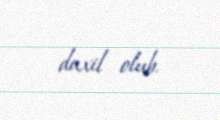
daxil olub.